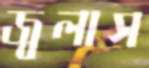
জ্বলাস